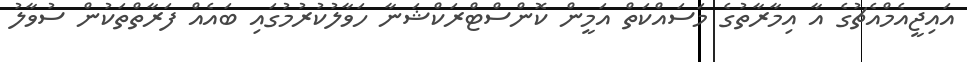
އައިޖީއެމްއެޗުގެ އާ އިމާރާތުގެ މަސައްކަތް އަމީން ކޮންސްޓްރަކްޝަނާ ހަވާލުކުރުމުގައި ބައެއް ފަރާތްތަކުން ސުވާލު